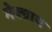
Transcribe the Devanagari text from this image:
मेक्ग्राथ